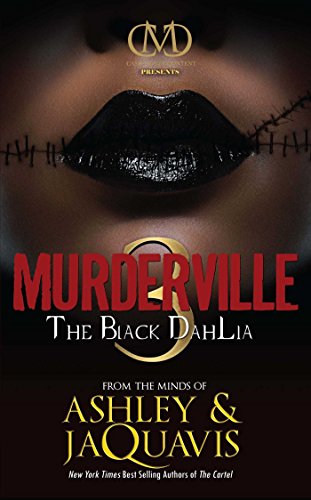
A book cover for Murderville 3: The Black Dahlia; Ashley & JaQuavis; Romance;